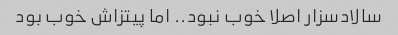
سالادسزار اصلا خوب نبود.. اما پیتزاش خوب بود